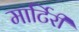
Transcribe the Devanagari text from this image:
मार्टिरी